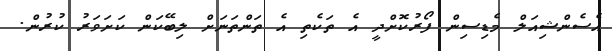
އެސެންޝިއަލް މެޑިސިން ފޯރުކޮށްދީ އެ ތަކެތި އެ ތަންތަނަށް ލިބޭކަން ކަށަވަރު ކުރުން.